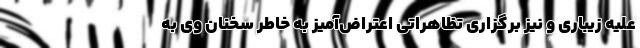
علیه زیباری و نیز برگزاری تظاهراتی اعتراض‌آمیز به خاطر سخنان وی به